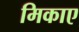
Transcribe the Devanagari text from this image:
मिकाए